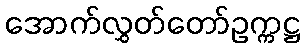
အောက်လွှတ်တော်ဥက္ကဋ္ဌ